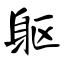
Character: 躯